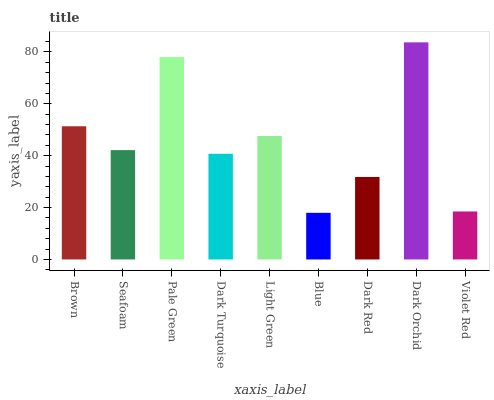
| xaxis_label | bars |
 | --- | --- |
 | Brown | 51.4 |
 | Seafoam | 42.2 |
 | Pale Green | 78 |
 | Dark Turquoise | 40.7 |
 | Light Green | 47.6 |
 | Blue | 18 |
 | Dark Red | 31.8 |
 | Dark Orchid | 83.7 |
 | Violet Red | 18.5 |